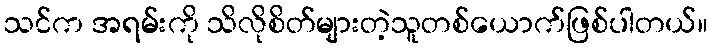
သင်က အရမ်းကို သိလိုစိတ်များတဲ့သူတစ်ယောက်ဖြစ်ပါတယ်။